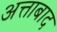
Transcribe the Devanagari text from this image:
अत्ताबाद